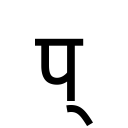
OCR:
प्